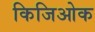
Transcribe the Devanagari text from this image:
किजिओक